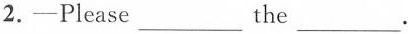
2.-Please ___ the ___ .